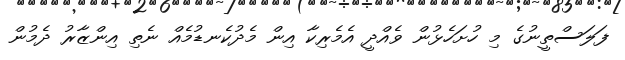
ފަލަސްތީނުގެ މި ހުށަހެޅުން ވެއްދީ އެމެރިކާ އިން މެދުކެނޑުމެއް ނެތި އިންޒާރު ދެމުން